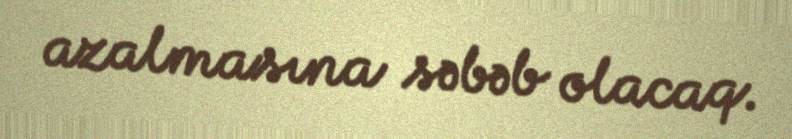
azalmasına səbəb olacaq.